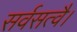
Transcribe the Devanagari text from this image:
सर्वसत्वै।